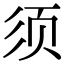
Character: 须